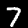
Digit: 7